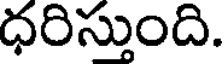
ధరిస్తుంది.